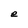
Character: e